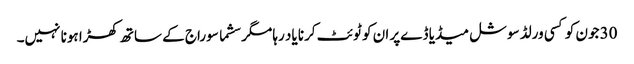
30 جون کو کسی ورلڈ سوشل میڈیا ڈےپر ان کو ٹوئٹ کرنا یاد رہا مگر سشما سوراج کے ساتھ کھڑا ہونا نہیں۔